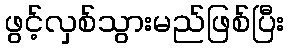
ဖွင့်လှစ်သွားမည်ဖြစ်ပြီး